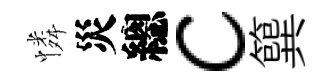
憐災總c簨